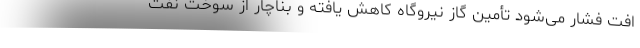
افت فشار می‌شود تأمین گاز نیروگاه کاهش یافته و بناچار از سوخت نفت